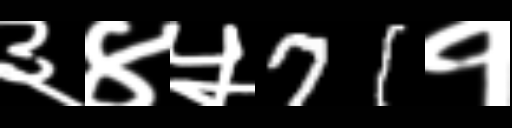
Text: ३४५71१